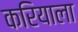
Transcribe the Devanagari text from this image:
करियाला